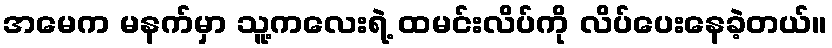
အမေက မနက်မှာ သူ့ကလေးရဲ့ ထမင်းလိပ်ကို လိပ်ပေးနေခဲ့တယ်။